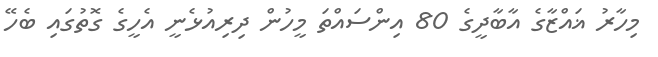
މިހާރު ޣައްޒާގެ އާބާދީގެ 80 އިންސައްތަ މީހުން ދިރިއުޅެނީ އެހީގެ ގޮތުގައި ބެހޭ